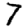
Digit: 7